Medical and sanitary report of the native army of Madras for the year
Year: 1875
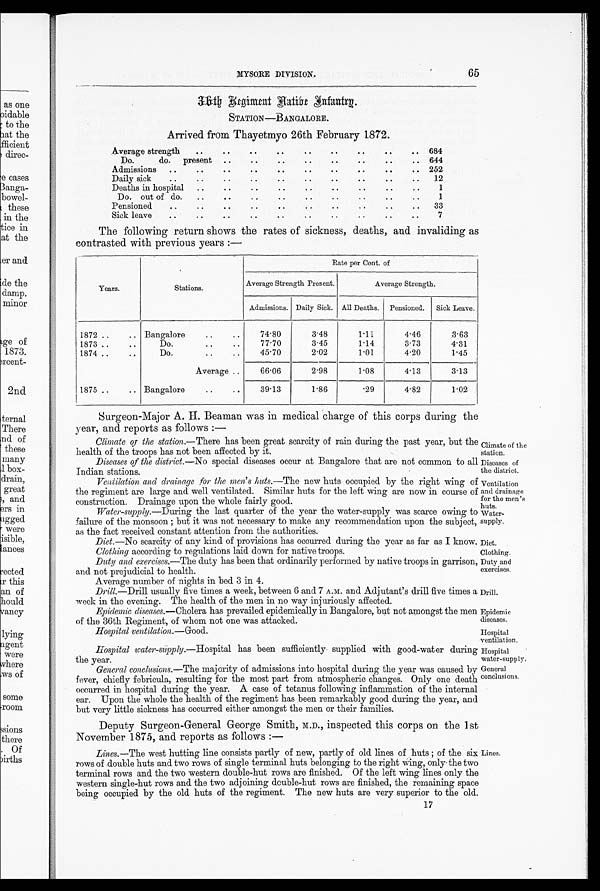
Climate of the
station.
Diseases of
the district.
Water-
supply.
Diet.
Clothing.
Duty and
exercises.
Drill.
Epidemic
diseases.
Hospital ventilation. —Good.
Hospital
ventilation.
Hospital
water-supply.
General
conclusions.
MYSORE DIVISION.
6 5
36th Regiment Native Infantry.
STATION—BANGALORE.
Arrived from Thayetmyo 26th February 1872.
Average strength
..
..
..
..
..
..
..
..
.. 684
Do.
do. present ..
..
..
..
..
..
..
.. 644
Admissions ..
..
..
..
..
..
..
..
.. 252
Daily sick
..
.. ..
..
..
..
..
..
..
..
12
Deaths in hospital
..
.. ..
..
.. ..
..
..
..
1
Do. out of do.
..
..
..
..
..
..
..
..
..
1
Pensioned
..
..
..
..
..
..
..
..
..
33
Sick leave
..
..
..
..
..
..
..
..
..
..
7
The following return shows the rates of sickness, deaths, and invaliding as
contrasted with previous years :—
Years.
Stations.
Rate per Cent. of
Average Strength Present.
Average Strength.
Admissions. Daily Sick. All Deaths. Pensioned. Sick Leave.
1872 ..
.. Bangalore
..
..
74.80
3 . 4 8
1.11
4.46
3.63
1873 ..
..
Do..
77.70
3.45
1.14
3.73
4.31
1874 ..
..
Do.
..
..
4 5 . 7 0
2.02
1.01
4.20
1.45
Average ..
66.06
2.98
l.08
4.13
3.13
1875 ..
.. Bangalore
..
..
39.13
1.86
. 2 9
4.82
1.02
Surgeon-Major A. H Beaman was in medical charge of this corps during the
year, and reports as follows : —
Climate of the station.—There has been great scarcity of rain during the past year, but the
health of the troops has not been affected by it.
Diseases of the district. —No special diseases occur at Bangalore that are not common to al
l Indian stations.
Ventilation and drainage for the men's huts. —The new huts occupied by the right wing of
the regiment are large and well ventilated. Similar huts for the left wing are now in course of
construction. Drainage upon the whole fairly good.
Ventilation
and drainage
for the men's huts.
Water-supply. —During the last quarter of the year the water-supply was scarce owing to
failure of the monsoon; but it was not necessary to make any recommendation upon the subject,
as the fact received constant attention from the authorities.
Diet. —No scarcity of any kind of provisions has occurred during the year as far as I know.
Clothing according to regulations laid down for native troops.
Duty and exercises. —The duty has been that ordinarily performed by native troops in garrison,
and not prejudicial to health.
Average number of nights in bed 3 in 4.
Drill.—Drill usually five times a week, between 6 and 7 A.M. and Adjutant's drill five times a
week in the evening. The health of the men in no way injuriously affected.
Epidemic diseases.—Cholera has prevailed epidemically in Bangalore, but not amongst the men
of the 36th Regiment, of whom not one was attacked.
Hospital water-supply. —Hospital has been sufficiently supplied with good-water during
the year.
General conclusions. —The majority of admissions into hospital during the year was caused by
fever, chiefly febricula, resulting for the most part from atmospheric changes. Only one death
occurred in hospital during the year. A case of tetanus following inflammation of the internal
ear. Upon the whole the health of the regiment has been remarkably good during the year, and
but very little sickness has occurred either amongst the men or their families.
Deputy Surgeon-General George Smith, M.D., inspected this corps on the 1st
November 1875, and reports as follows : —
Lines. —The west hutting line consists partly of new, partly of old lines of huts; of the six Lines.
rows of double huts and two rows of single terminal huts belonging to the right wing, only the two
terminal rows and the two western double-hut rows are finished. Of the left wing lines only the
western single-hut rows and the two adjoining double-hut rows are finished, the remaining space
being occupied by the old huts of the regiment. The new huts are very superior to the old.
17